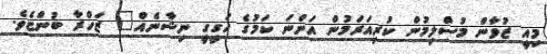
މިއީ ޒުވާން މުސްލިމުން ކުރިއަރަމުން އަންނަ ކަމުގެ ހަގީގީ ނިޝާނެއް" ޒަހްރާ ބުންޏެވެ.